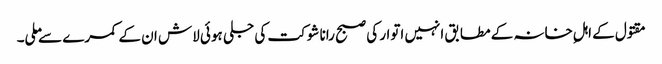
مقتول کے اہلِ خانہ کے مطابق انہیں اتوار کی صبح رانا شوکت کی جلی ہوئی لاش ان کے کمرے سے ملی۔